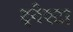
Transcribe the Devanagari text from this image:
इनेस्टा